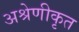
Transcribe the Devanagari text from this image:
अश्रेणीकृत